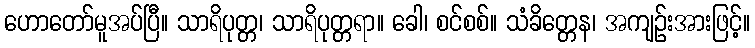
ဟောတော်မူအပ်ပြီ။ သာရိပုတ္တ၊ သာရိပုတ္တရာ။ ခေါ၊ စင်စစ်။ သံခိတ္တေန၊ အကျဉ်းအားဖြင့်။